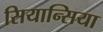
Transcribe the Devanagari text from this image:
सियान्सिया